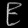
Digit: ၉